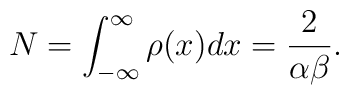
N=\int_{-\infty}^\infty\rho(x)dx=\frac{2}{\alpha\beta}.